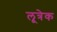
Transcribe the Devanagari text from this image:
लूत्रेक